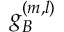
g _ { B } ^ { ( m , l ) }